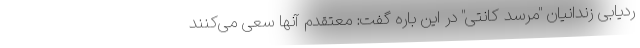
ردیابی زندانیان "مرسد کانتی" در این باره گفت: معتقدم آنها سعی می‌کنند